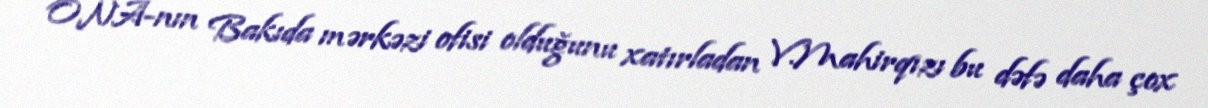
ONA-nın Bakıda mərkəzi ofisi olduğunu xatırladan V.Mahirqızı bu dəfə daha çox